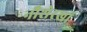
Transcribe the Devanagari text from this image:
नौशेरखां